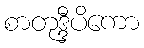
စာတုဒ္ဒီပိကော